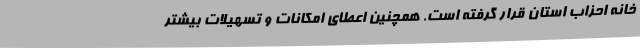
خانه احزاب استان قرار گرفته است. همچنین اعطای امکانات و تسهیلات بیشتر